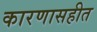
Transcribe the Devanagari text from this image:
कारणासहीत